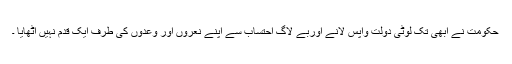
حکومت نے ابھی تک لوٹی دولت واپس لانے اوربے لاگ احتساب سے اپنے نعروں اور وعدوں کی طرف ایک قدم نہیں اٹھایا ۔